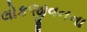
લોકજીવનના